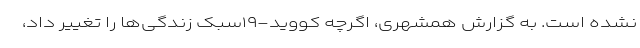
نشده است. به گزارش همشهری، اگرچه کووید-۱۹سبک زندگی‌ها را تغییر داد،